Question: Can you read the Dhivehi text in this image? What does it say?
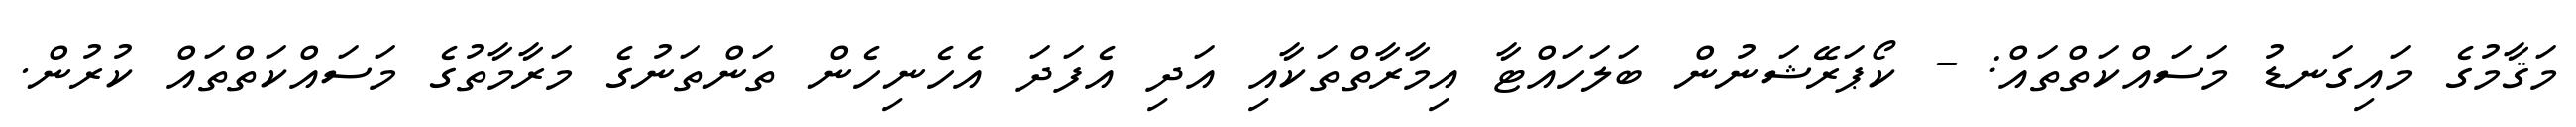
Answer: މަޤާމުގެ މައިގަނޑު މަސައްކަތްތައް: - ކޯޕަރޭޝަނުން ބަލަހައްޓާ އިމާރާތްތަކާއި އަދި އެފަދަ އެހެނިހެން ތަންތަނުގެ މަރާމާތުގެ މަސައްކަތްތައް ކުރުން.